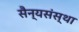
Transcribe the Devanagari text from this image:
सैन्यसंस्था